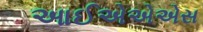
આઈએએએસ